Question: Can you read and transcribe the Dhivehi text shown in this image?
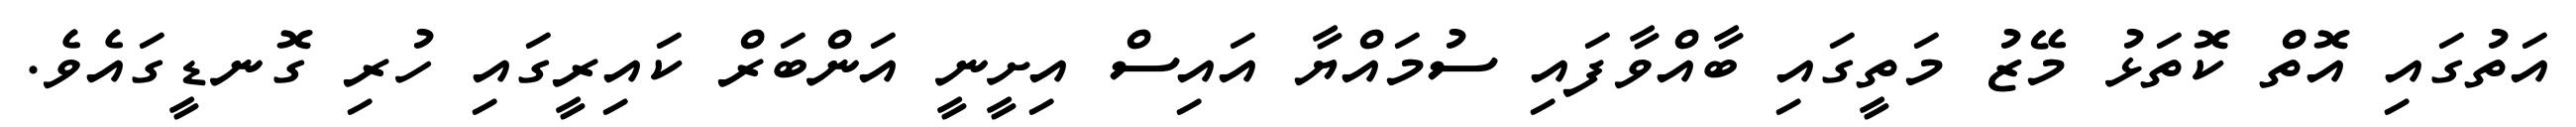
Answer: އަތުގައި އޮތް ކޮތަޅު މޭޒު މަތީގައި ބާއްވާފައި ސުމައްޔާ އައިސް އިށީނީ އަންބަރް ކައިރީގައި ހުރި ގޮނޑީގައެވެ.